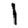
Digit: 1